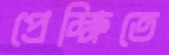
প্রেক্ষিতে